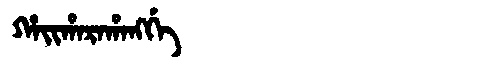
Manchu: ᡥᠠᡳᡥᠠᡵᠠᡥᠠᠩᡤᡝ
Romanization: HAIHARAHANGGE